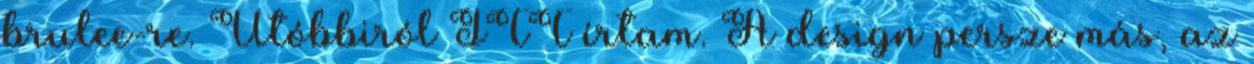
brulee-re. Utóbbiról ITT írtam. A design persze más, az